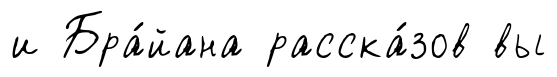
и Бра́йана расска́зов вы